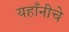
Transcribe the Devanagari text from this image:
यहाँनीचे